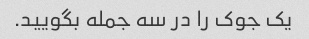
یک جوک را در سه جمله بگویید.